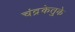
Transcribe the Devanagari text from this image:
चंद्रकेतुके